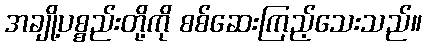
အချို့ပစ္စည်းတို့ကို စစ်ဆေးကြည့်သေးသည်။